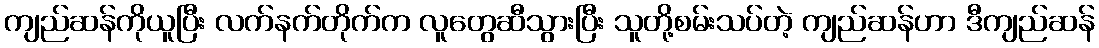
ကျည်ဆန်ကိုယူပြီး လက်နက်တိုက်က လူတွေဆီသွားပြီး သူတို့စမ်းသပ်တဲ့ ကျည်ဆန်ဟာ ဒီကျည်ဆန်